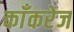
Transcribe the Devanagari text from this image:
काँकरेज